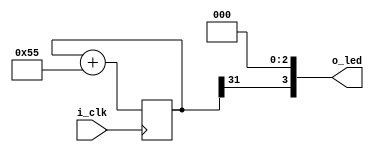
`default_nettype none

module clock_div(i_clk, o_led);

    input wire i_clk;
    output wire [3:0] o_led;

    parameter WIDTH = 32;
    parameter CLOCK_HZ = 50_000_000;

    // Diving the nominator and denominator by 4 to keep that withion 32-bit ariphmetic
    parameter INCREMENT = (1 << (WIDTH-2))/(CLOCK_HZ/4);

    reg [WIDTH-1:0] counter;

    initial counter = 0;

    assign o_led[3] = counter[WIDTH-1];
    assign o_led[2] = 0;
    assign o_led[1] = 0;
    assign o_led[0] = 0;

    always @(posedge i_clk)
    begin
        counter <= counter + INCREMENT;        
    end

endmodule